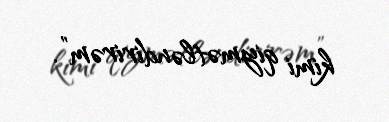
kimi qiymətləndirirəm”.